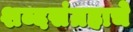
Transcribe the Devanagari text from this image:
शब्दसंग्रहाचे